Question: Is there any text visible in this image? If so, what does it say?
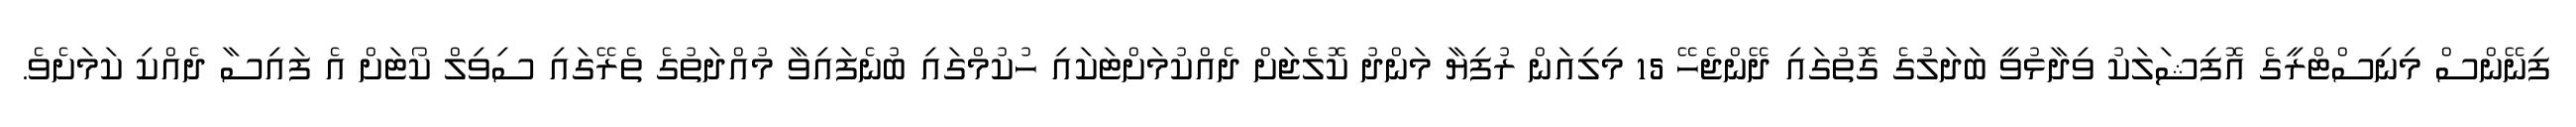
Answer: ފިނޭންސް މިނިސްޓްރީގެ އޮފިޝަލަކު ވިދާޅުވީ ބަދަލުގެ ގޮތުގައި ދޭންޖެހޭ 15 މިލިއަން ރުފިޔާ މަންދު ކޮލެޖަށް ދެއްކުމަށްޓަކައި ހުކުމްގައި ބުނެފައިވާ މުއްދަތުގެ ތެރޭގައި ސިވިލް ކޯޓަށް އެ ފައިސާ ދެއްކި ކަމަށެވެ.